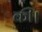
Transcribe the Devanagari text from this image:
की।